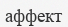
аффект